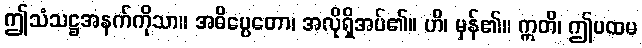
ဤသံသဋ္ဌအနက်ကိုသာ။ အဓိပ္ပေတော၊ အလိုရှိအပ်၏။ ဟိ၊ မှန်၏။ ဣတိ၊ ဤပထမ